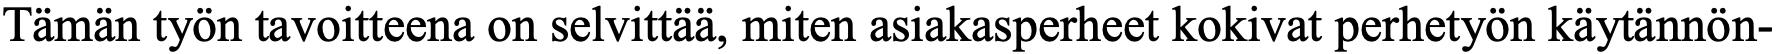
Tämän työn tavoitteena on selvittää, miten asiakasperheet kokivat perhetyön käytännön-